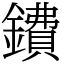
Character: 鐨